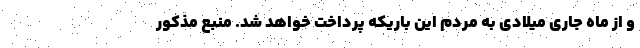
و از ماه جاری میلادی به مردم این باریکه پرداخت خواهد شد. منبع مذکور